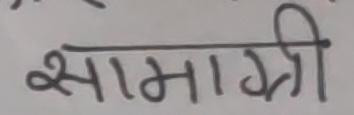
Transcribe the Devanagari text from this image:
सामग्री